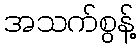
အသက်စွန့်